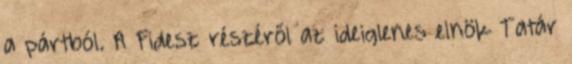
a pártból. A Fidesz részéről az ideiglenes elnök Tatár